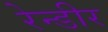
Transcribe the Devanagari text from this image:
रेन्डीर